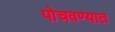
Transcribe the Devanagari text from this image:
पोचवण्यात